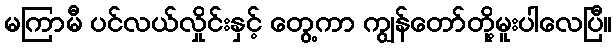
မကြာမီ ပင်လယ်လှိုင်းနှင့် တွေ့ကာ ကျွန်တော်တို့မူးပါလေပြီ။